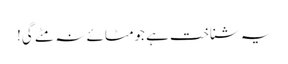
یہ شناخت ہے جومٹائے نہ مٹے گی!